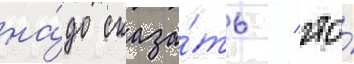
на́до сказа́ть / что́